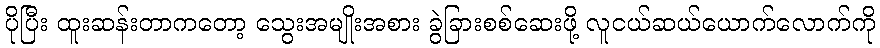
ပိုပြီး ထူးဆန်းတာကတော့ သွေးအမျိုးအစား ခွဲခြားစစ်ဆေးဖို့ လူငယ်ဆယ်ယောက်လောက်ကို